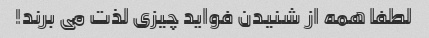
لطفا همه از شنیدن فواید چیزی لذت می برند!